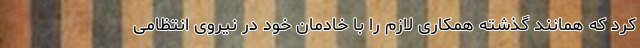
کرد که همانند گذشته همکاری لازم را با خادمان خود در نیروی انتظامی